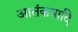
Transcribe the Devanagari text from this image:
आतंकवादि